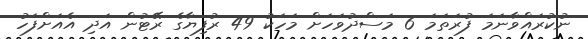
ނުކުރައްވާނަމަ ފުރަތަމަ 6 މަސްދުވަހަށް މަހަކު 49 ރުފިޔާގެ ރޭޓުން އަދި އެއަށްފަހު